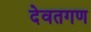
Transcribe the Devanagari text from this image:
देवतगण